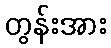
တွန်းအား